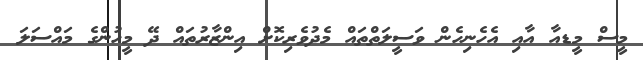
މީސް މީޑއާ އާއި އެހެނިހެން ވަސީލަތްތައް މެދުވެރިކޮށް އިންޒާރުތައް ދޭ މީހުންގެ މައްސަލަ